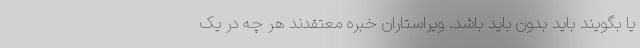
یا بگویند باید بدون باید باشد. ویراستاران خبره معتقدند هر چه در یک